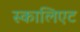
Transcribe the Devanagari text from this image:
स्कालिएट